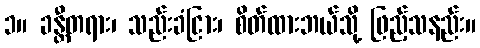
၁။ ခန္တီတရား၊ သည်းခံငြား၊ စိတ်ထားဘယ်သို့ ဖြည့်သနည်း။